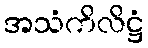
အသံကိလိဋ္ဌံ